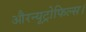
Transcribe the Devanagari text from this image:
औरन्यूट्रोफिल्स।